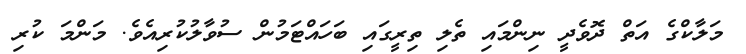
މަލާކްގެ އަތް ދޮވެދީ ނިންމައި ތެލި ތިރީގައި ބަހައްޓަމުން ސުވާލުކުރިއެވެ. މަންމަ ކުރި